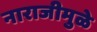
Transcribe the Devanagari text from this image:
नाराजीमुळे